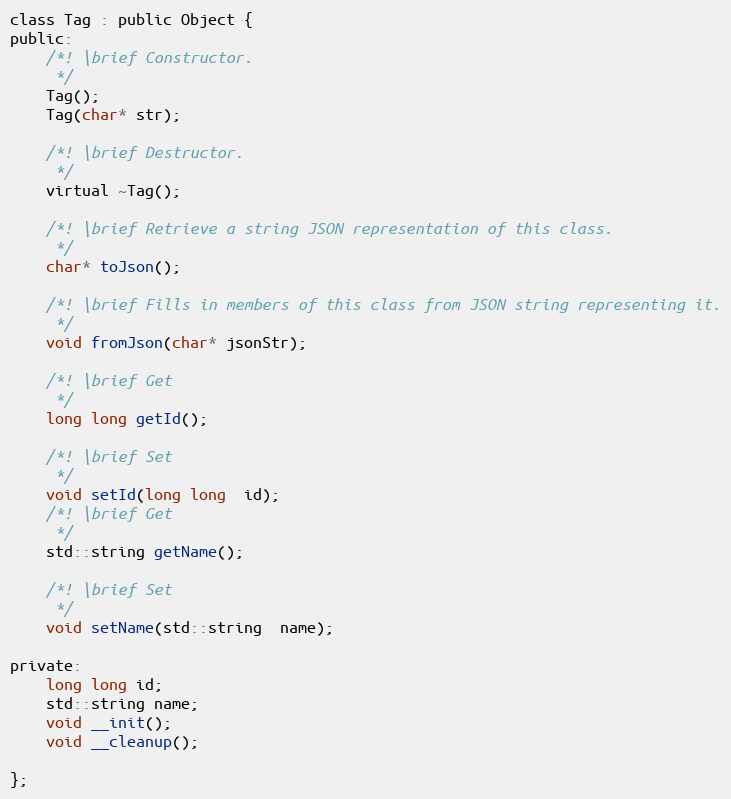
Language: C
class Tag : public Object {
public:
	/*! \brief Constructor.
	 */
	Tag();
	Tag(char* str);

	/*! \brief Destructor.
	 */
	virtual ~Tag();

	/*! \brief Retrieve a string JSON representation of this class.
	 */
	char* toJson();

	/*! \brief Fills in members of this class from JSON string representing it.
	 */
	void fromJson(char* jsonStr);

	/*! \brief Get
	 */
	long long getId();

	/*! \brief Set
	 */
	void setId(long long  id);
	/*! \brief Get
	 */
	std::string getName();

	/*! \brief Set
	 */
	void setName(std::string  name);

private:
	long long id;
	std::string name;
	void __init();
	void __cleanup();

};